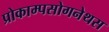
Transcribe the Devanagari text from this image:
प्रोकाम्‍पसोगनेथस